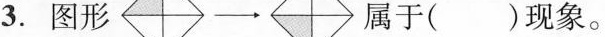
3.图形\rightarrow 属于（）现象。